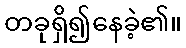
တခုရှိ၍နေခဲ့၏။